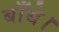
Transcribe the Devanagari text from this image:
बाँधे।